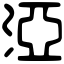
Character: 𣵾